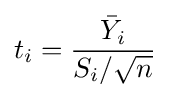
t_{i}={\frac {{\bar {Y}}_{i}}{S_{i}/{\sqrt {n}}}}